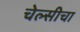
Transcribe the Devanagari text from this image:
चेल्सीचा